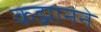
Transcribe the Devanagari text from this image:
कझानने